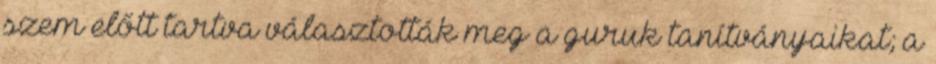
szem előtt tartva választották meg a guruk tanítványaikat; a